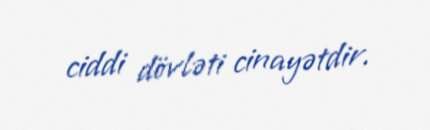
ciddi dövləti cinayətdir.